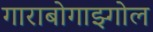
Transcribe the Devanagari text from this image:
गाराबोगाझ्गोल